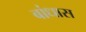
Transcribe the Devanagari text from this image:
बांधास